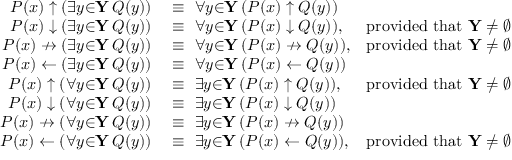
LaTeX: \begin{array} { r l r } { P ( x ) \uparrow ( \exists { y } { \in } \mathbf { Y } \, Q ( y ) ) } & { { } \equiv \ \forall { y } { \in } \mathbf { Y } \, ( P ( x ) \uparrow Q ( y ) ) } \\ { P ( x ) \downarrow ( \exists { y } { \in } \mathbf { Y } \, Q ( y ) ) } & { { } \equiv \ \forall { y } { \in } \mathbf { Y } \, ( P ( x ) \downarrow Q ( y ) ) , } & { { \mathrm { p r o v i d e d ~ t h a t ~ } } \mathbf { Y } \neq \emptyset } \\ { P ( x ) \nrightarrow ( \exists { y } { \in } \mathbf { Y } \, Q ( y ) ) } & { { } \equiv \ \forall { y } { \in } \mathbf { Y } \, ( P ( x ) \nrightarrow Q ( y ) ) , } & { { \mathrm { p r o v i d e d ~ t h a t ~ } } \mathbf { Y } \neq \emptyset } \\ { P ( x ) \gets ( \exists { y } { \in } \mathbf { Y } \, Q ( y ) ) } & { { } \equiv \ \forall { y } { \in } \mathbf { Y } \, ( P ( x ) \gets Q ( y ) ) } \\ { P ( x ) \uparrow ( \forall { y } { \in } \mathbf { Y } \, Q ( y ) ) } & { { } \equiv \ \exists { y } { \in } \mathbf { Y } \, ( P ( x ) \uparrow Q ( y ) ) , } & { { \mathrm { p r o v i d e d ~ t h a t ~ } } \mathbf { Y } \neq \emptyset } \\ { P ( x ) \downarrow ( \forall { y } { \in } \mathbf { Y } \, Q ( y ) ) } & { { } \equiv \ \exists { y } { \in } \mathbf { Y } \, ( P ( x ) \downarrow Q ( y ) ) } \\ { P ( x ) \nrightarrow ( \forall { y } { \in } \mathbf { Y } \, Q ( y ) ) } & { { } \equiv \ \exists { y } { \in } \mathbf { Y } \, ( P ( x ) \nrightarrow Q ( y ) ) } \\ { P ( x ) \gets ( \forall { y } { \in } \mathbf { Y } \, Q ( y ) ) } & { { } \equiv \ \exists { y } { \in } \mathbf { Y } \, ( P ( x ) \gets Q ( y ) ) , } & { { \mathrm { p r o v i d e d ~ t h a t ~ } } \mathbf { Y } \neq \emptyset } \end{array}